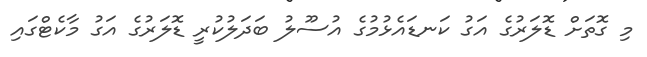
މި ގޮތަށް ޑޮލަރުގެ އަގު ކަނޑައެޅުމުގެ އުސޫލު ބަދަލުކުރީ ޑޮލަރުގެ އަގު މާކެޓްގައި